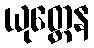
ယုတ္တေန